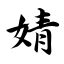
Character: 婧